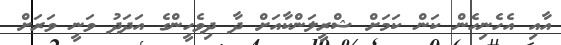
އާއި އެހެނިހެން ކަން ކަމަށް ޝްރީލަންކާއަށް ދާ ދިވެހީންގެ އަދަދު ވަނީ ވަރަށް